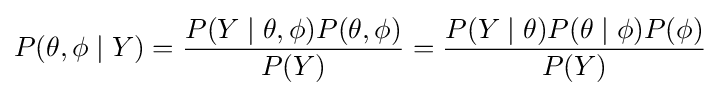
P(\theta ,\phi \mid Y)={P(Y\mid \theta ,\phi )P(\theta ,\phi ) \over P(Y)}={P(Y\mid \theta )P(\theta \mid \phi )P(\phi ) \over P(Y)}